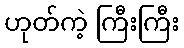
ဟုတ်ကဲ့ ကြီးကြီး